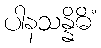
ပါနသန္နိဓိံ